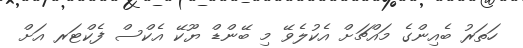
ހަތަރު ބެއިންގެ މައްޗަށް އެކުލެވޭ މި ބޭންޑް ޔޫކޭ އެކްސް ފެކްޓަރ އަށް